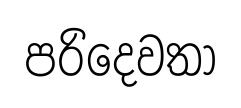
පරිදෙවතා